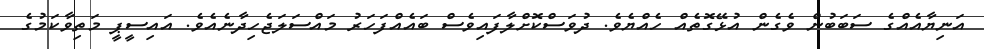
އަނިޔާއެއްގެ ސަބަބުން ވެގެން އުޅޭގޮތެއް ހެއްޔެވެ. ދުވަސްކޮށްލާފައިވެސް ބައެއްފަހަރު މައްސަލަޖެހިދާނެއެވެ. އައިސީޕީ މަތިވާކަމުގެ